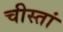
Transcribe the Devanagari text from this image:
चीस्तां